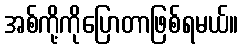
အစ်ကို့ကိုပြောတာဖြစ်ရမယ်။